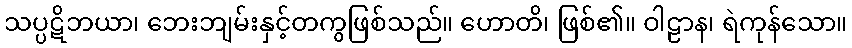
သပ္ပဋိဘယာ၊ ဘေးဘျမ်းနှင့်တကွဖြစ်သည်။ ဟောတိ၊ ဖြစ်၏။ ဝါဠာန၊ ရဲကုန်သော။